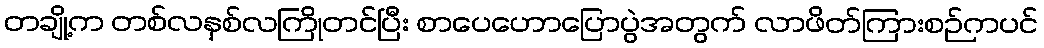
တချို့က တစ်လနှစ်လကြိုတင်ပြီး စာပေဟောပြောပွဲအတွက် လာဖိတ်ကြားစဉ်ကပင်